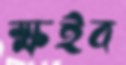
ক্ষইব